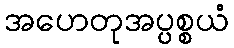
အဟေတုအပ္ပစ္စယံ